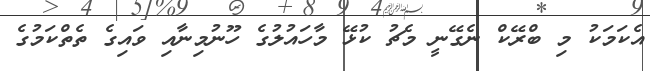
އެކަމަކު މި ބްރޭކް ނެގޭނީ މެޗު ކުޅޭ މާހައުލުގެ ހޫނުމިނާއި ވައިގެ ތެތްކަމުގެ